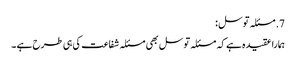
7. مسئلہ توسل :
ہمارا عقیدہ ہے کہ مسئلہ توسل بھی مسئلہ شفاعت کی ہی طرح ہے ۔